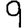
Digit: 9